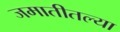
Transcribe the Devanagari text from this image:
जमातीतल्या